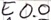
Text: E0.0